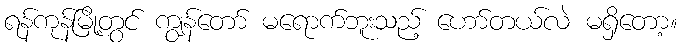
ရန်ကုန်မြို့တွင် ကျွန်တော် မရောက်ဘူးသည့် ဟော်တယ်လဲ မရှိတော့။